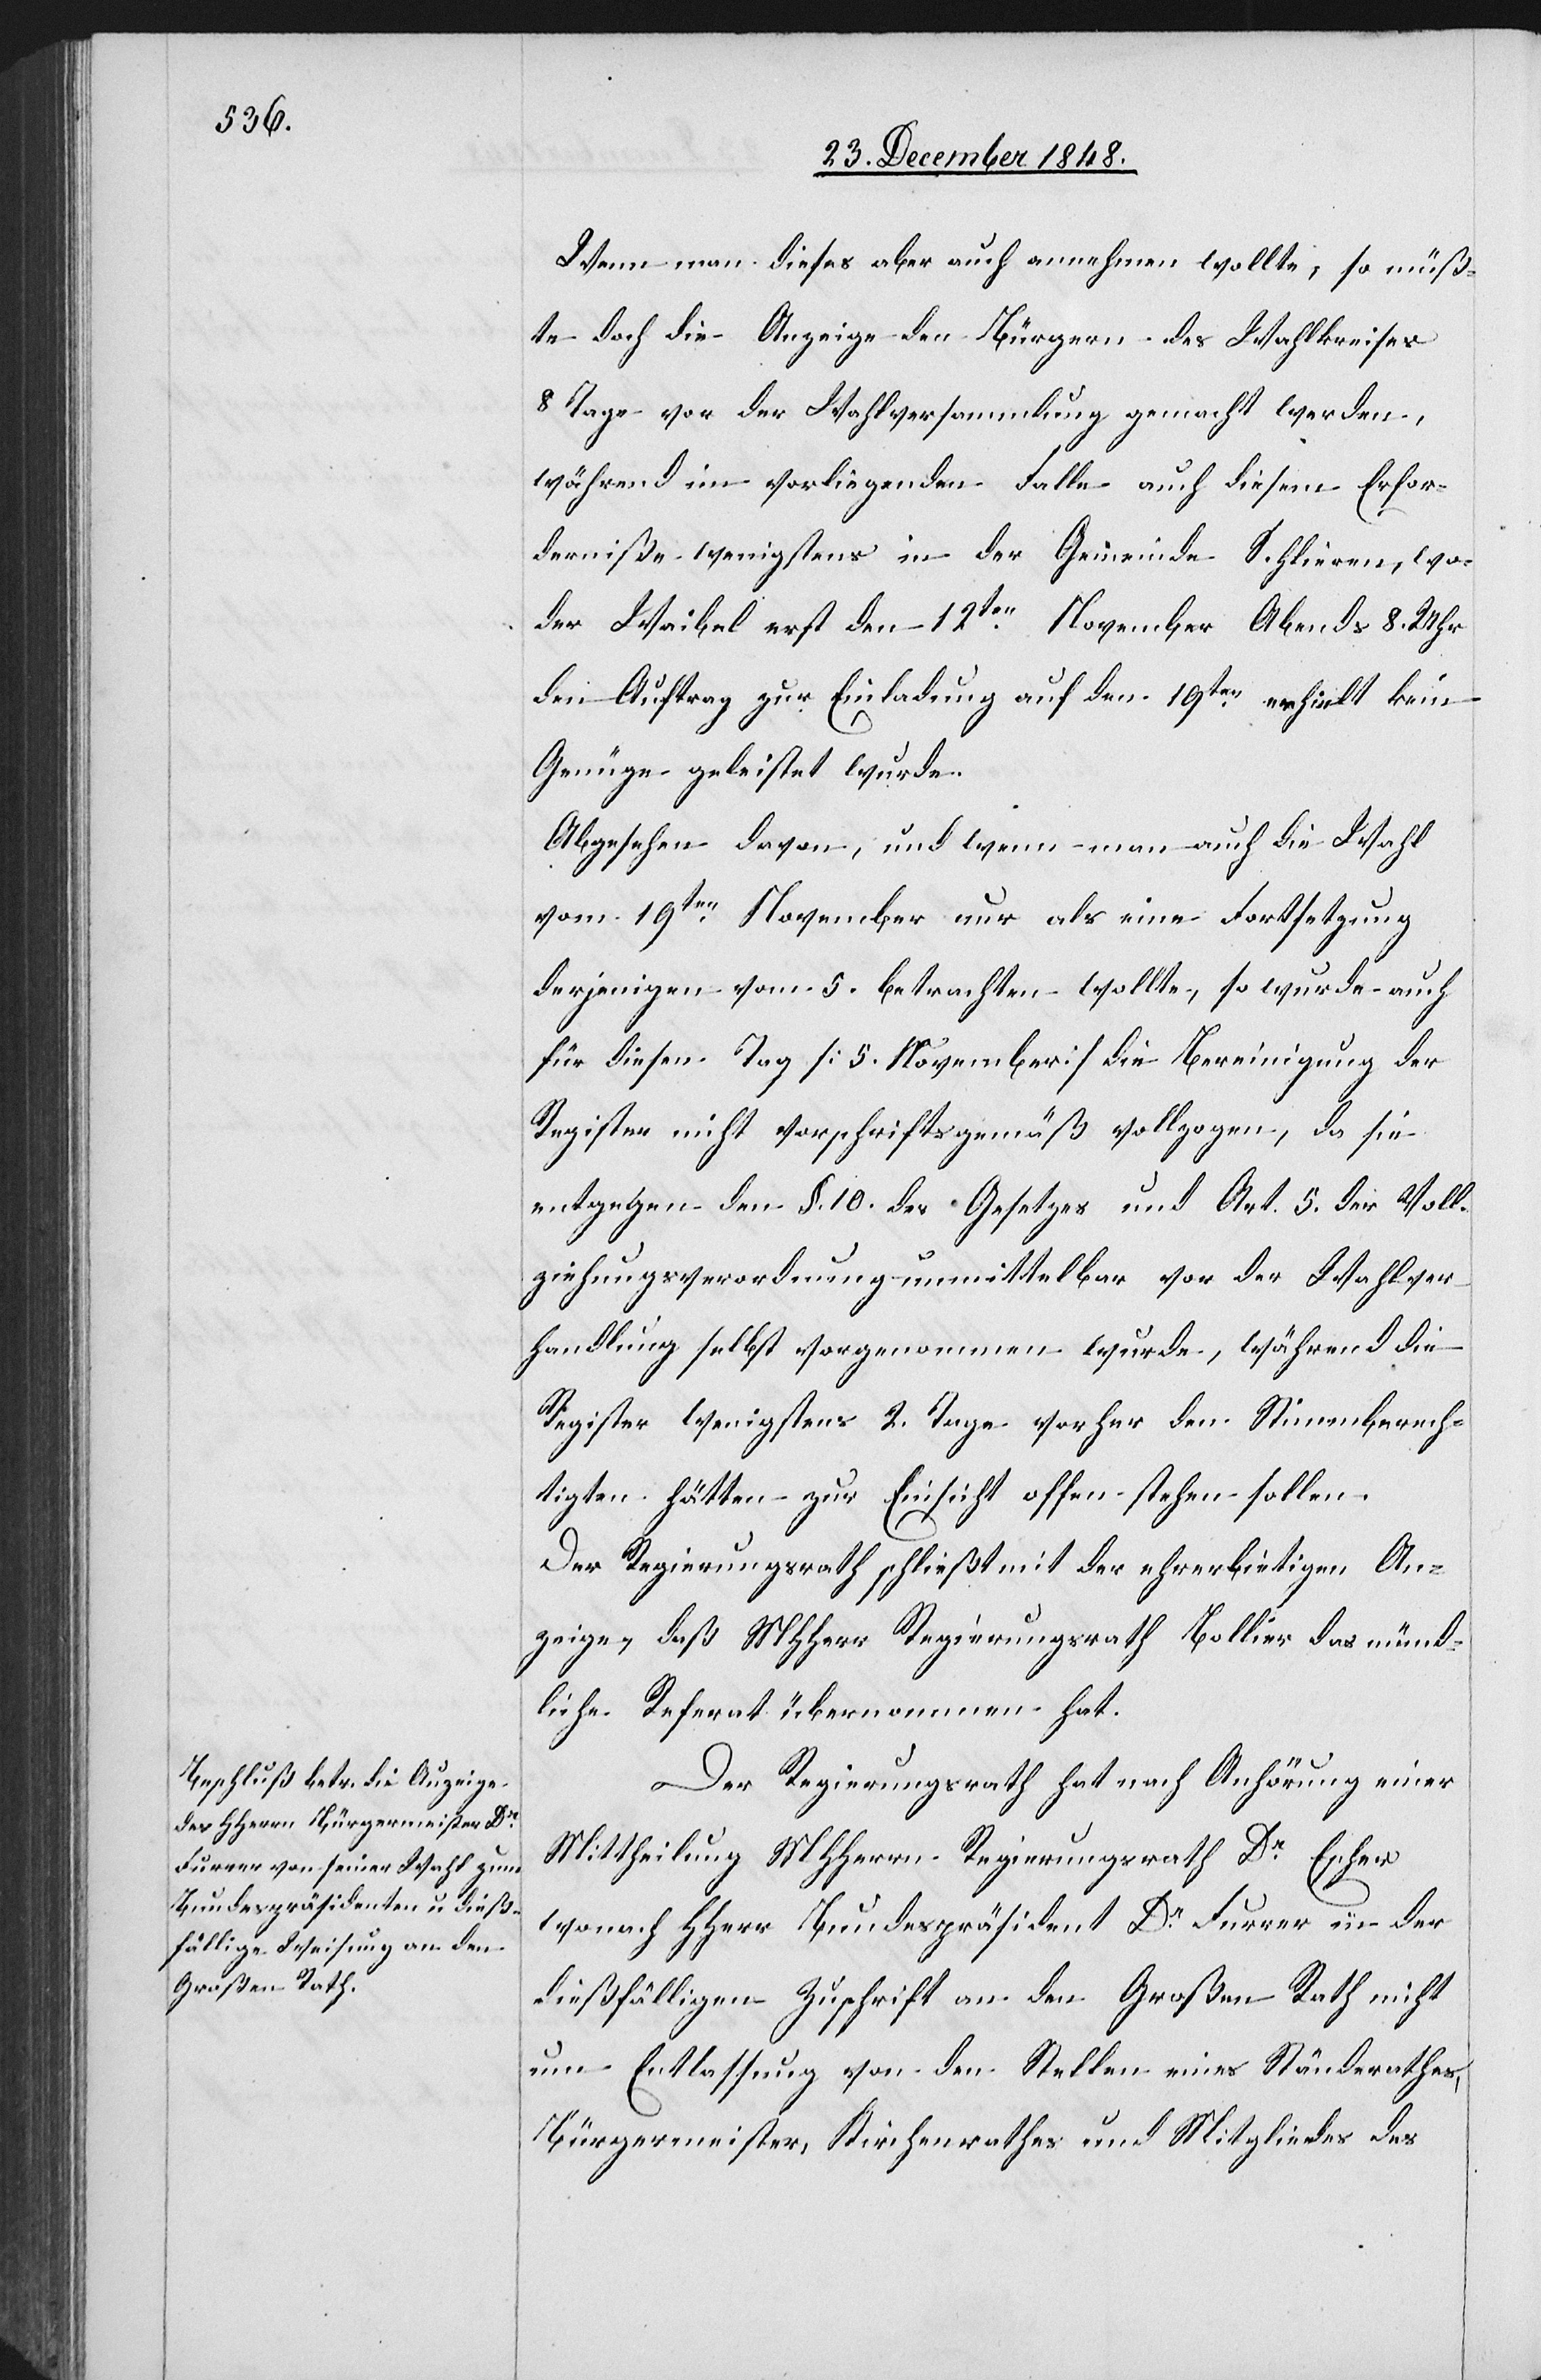
Wenn man dieses aber auch annehmen wollte, so müß¬
te doch die Anzeige den Bürgern des Wahlkreises
8 Tage vor der Wahlversammlung gemacht werden,
während im vorliegenden Falle auch diesem Erfor¬
derniße wenigstens in der Gemeinde Schlieren, wo
der Waibel erst den 12ten November abends 8. Uhr
den Auftrag zur Einladung auf den 19ten erhielt kein
Genüge geleistet wurde.
Abgesehen davon, und wenn man auch die Wahl
vom 19ten November nur als eine Fortsetzung
derjenigen vom 5. betrachten wollte, so wurde auch
für diesen Tag [5. November] die Bereinigung der
Register nicht vorschriftsgemäß vollzogen, da sie
entgegen den §. 10. des Gesetzes und Art. 5 der Voll¬
ziehungsverordnung unmittelbar vor der Wahlver¬
handlung selbst vorgenommen wurde, während die
Register wenigstens 2. Tage vorher den Stimmberech¬
tigten hätten zur Einsicht offen stehen sollen.
Der Regierungsrath schließt der ehrerbietigen An¬
zeige, daß MHHerr Regierungsrath Bollier das münd¬
liche Referat übernommen hat.
Der Regierungsrath hat nach Anhörung einer
Mittheilung MHHerrn Regierungsrath Dr Escher
wonach HHerr Bundespräsident Dr Furrer in der
dießfälligen Zuschrift an den Großen Rath nicht
um Entlassung von den Stellen eines Ständerathes,
Bürgermeister, Kirchenrathes und Mitgliedes des